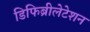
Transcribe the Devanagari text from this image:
डिफिब्रीलेटेशन